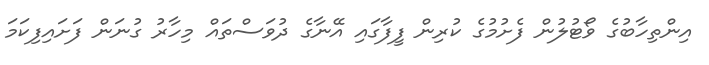
އިންތިހާބުގެ ވޯޓުލުން ފެށުމުގެ ކުރިން ފީފާގައި އޭނާގެ ދުވަސްތައް މިހާރު ގުނަން ފަށައިފިކަމަ